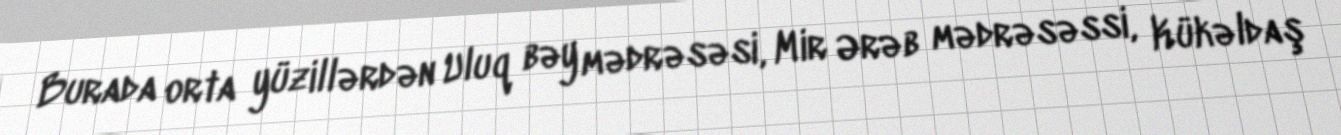
Burada orta yüzillərdən Uluq bəy mədrəsəsi, Mir Ərəb mədrəsəssi, Kükəldaş